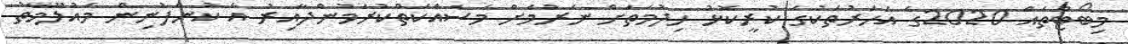
މިބޯޓްތައް 2020ގެ އަހަރުތަކުގެ ކުރީކޮޅު ހިދުމަތަށް ނެރުމަށް މަސައްކަތްކުރަމުންދާއިރު އެ ކުންފުނިން މައުލޫމާތު